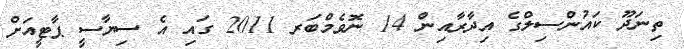
ތިނަދޫ ކައުންސިލްގެ އިދާރާއިން 14 ނޮވެމްބަރ 2011 ގައި އެ ސިޔާސީ ޕާޓީއަށް